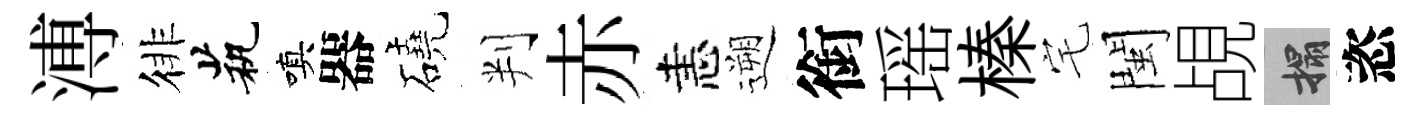
溥徘茕嗔器磽判赤恚遡銜瑶榛宅閩覘搨恣